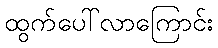
ထွက်ပေါ်လာကြောင်း